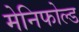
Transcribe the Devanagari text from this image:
मेनिफोल्ड